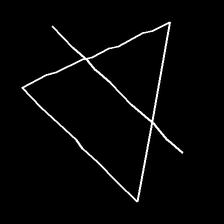
Glyph: empower